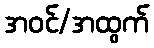
အဝင်/အထွက်